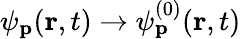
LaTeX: \psi_{\mathbf{p}}(\mathbf{r},t)\rightarrow\psi_{\mathbf{p}}^{(0)}(\mathbf{r},t)